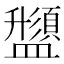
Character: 𱲟